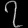
Digit: ၇